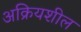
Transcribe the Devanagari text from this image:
अक्रियशील